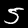
Digit: 5